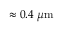
\approx 0 . 4 ~ \mu \mathrm { m }